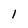
Character: l